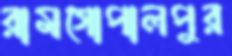
রামগোপালপুর